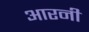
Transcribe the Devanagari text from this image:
आरनी